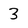
Character: 3